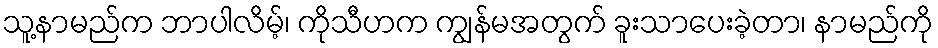
သူ့နာမည်က ဘာပါလိမ့်၊ ကိုသီဟက ကျွန်မအတွက် ခူးသာပေးခဲ့တာ၊ နာမည်ကို